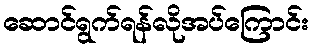
ဆောင်ရွက်ရန်လိုအပ်ကြောင်း